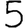
Digit: 5